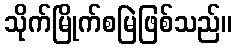
သိုက်မြိုက်စမြဲဖြစ်သည်။